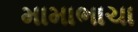
મામાભાચા